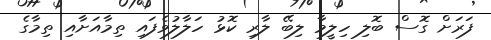
ފަރަށް ގޮސް ބޮލި ހިލީމާ ލިބޭ ލާރި ކޮޅު ހަލާލުވެފައި ތިމާއަށާއި ތިމާގެ